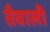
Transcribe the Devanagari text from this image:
तैवाली